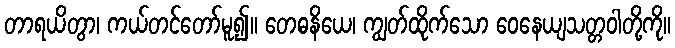
တာရယိတွာ၊ ကယ်တင်တော်မူ၍။ တေဓနိယေ၊ ကျွတ်ထိုက်သော ဝေနေယျသတ္တဝါတို့ကို။